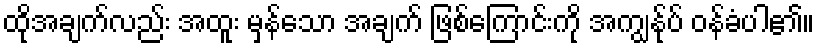
ထိုအချက်လည်း အထူး မှန်သော အချက် ဖြစ်ကြောင်းကို အကျွန်ုပ် ဝန်ခံပါ၏။